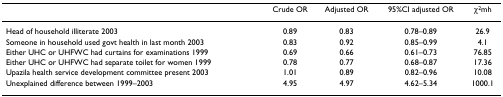
<table><thead><tr><td></td><td><b>Crude OR</b></td><td><b>Adjusted OR</b></td><td><b>95%CI adjusted OR</b></td><td><b>χ<sup>2</sup>mh</b></td></tr></thead><tbody><tr><td>Head of household illiterate 2003</td><td>0.89</td><td>0.83</td><td>0.78–0.89</td><td>26.9</td></tr><tr><td>Someone in household used govt health in last month 2003</td><td>0.83</td><td>0.92</td><td>0.85–0.99</td><td>4.1</td></tr><tr><td>Either UHC or UHFWC had curtains for examinations 1999</td><td>0.69</td><td>0.66</td><td>0.61–0.73</td><td>76.85</td></tr><tr><td>Either UHC or UHFWC had separate toilet for women 1999</td><td>0.78</td><td>0.77</td><td>0.68–0.87</td><td>17.36</td></tr><tr><td>Upazila health service development committee present 2003</td><td>1.01</td><td>0.89</td><td>0.82–0.96</td><td>10.08</td></tr><tr><td>Unexplained difference between 1999–2003</td><td>4.95</td><td>4.97</td><td>4.62–5.34</td><td>1000.1</td></tr></tbody></table>